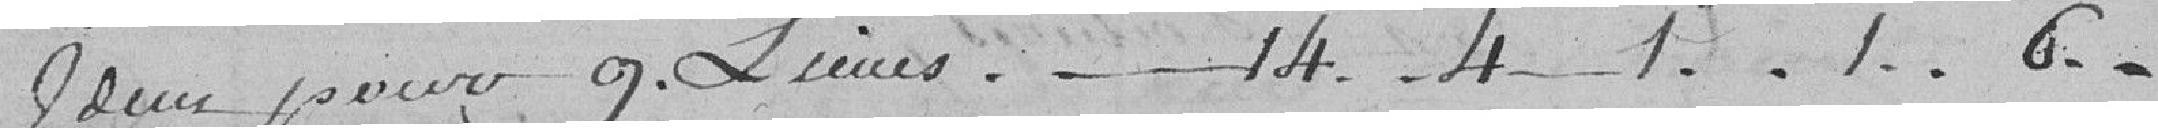
Idem pour 9 lieues....14..4..1..1..6..